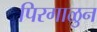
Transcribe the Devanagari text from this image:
पिरगाळुन